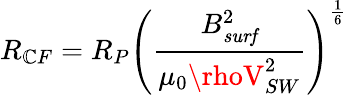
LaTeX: R_{\mathbb{C}F}=R_{P}\left({\frac{{B_{\mathit{{surf}}}^{2}}}{{\mu_{0}\rhoV_{SW}^{2}}}}\right)^{\frac{{1}}{{6}}}